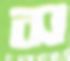
স